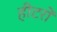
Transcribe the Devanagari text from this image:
हीटरों